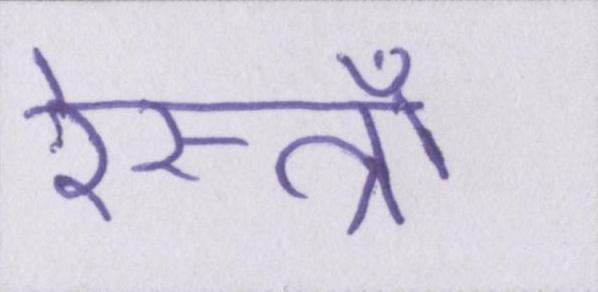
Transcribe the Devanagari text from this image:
रेस्त्राँ